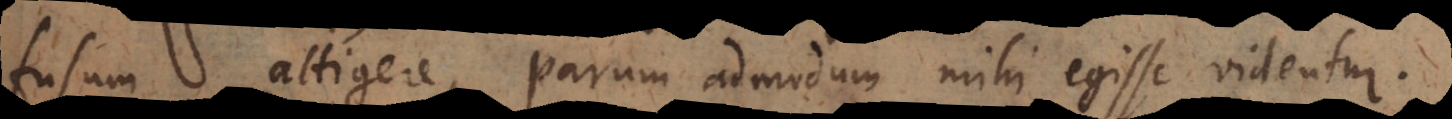
fusum attigere, parum admodum mihi egisse videntur.